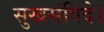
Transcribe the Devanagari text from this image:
सुखसंविदे।